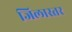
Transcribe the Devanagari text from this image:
जिलास्तर